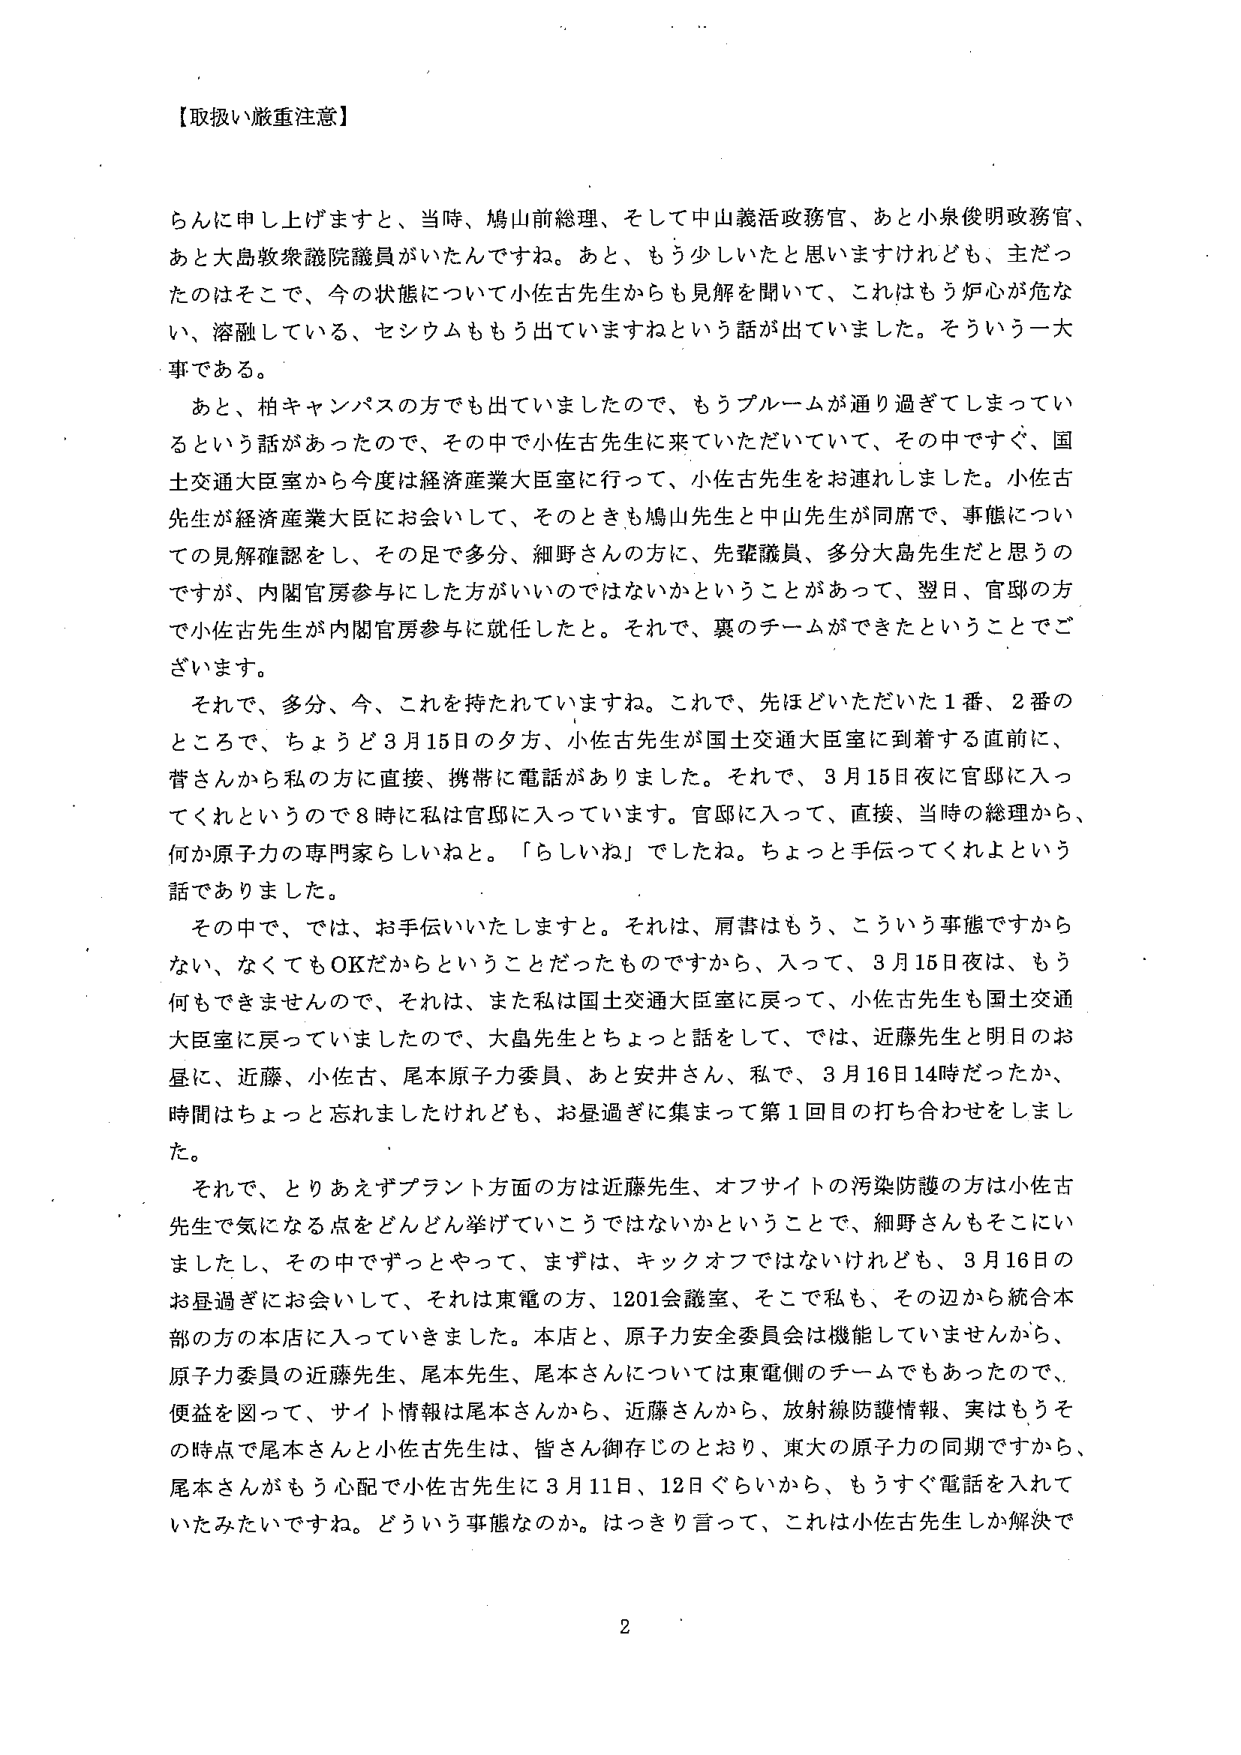
【取扱い厳重注意】

らんに申し上げますと、当時、鳩山前総理、そして中山義活政務官、あと小泉俊明政務官、
あと大島敦衆議院議員がいたんですね。あと、もう少しいたと思いますけれども、主だったのはそこで、今の状態について小佐古先生からも見解を聞いて、これはもう炉心が危ない、溶融している、セシウムももう出ていますねという話が出ていました。そういう一大事である。

あと、柏キャンパスの方でも出ていましたので、もうプルームが通り過ぎてしまってい
るという話があったので、その中で小佐古先生に来ていただいていて、その中ですぐ、国土交通大臣室から今度は経済産業大臣室に行って、小佐古先生をお連れしました。小佐古先生が経済産業大臣にお会いして、そのときも鳩山先生と中山先生が同席で、事態についての見解確認をし、その足で多分、細野さんの方に、先輩議員、多分大島先生だと思うのですが、内閣官房参与にした方がいいのではないかということがあって、翌日、官邸の方で小佐古先生が内閣官房参与に就任したと。それで、裏のチームができたということでございます。

それで、多分、今、これを持たれていますね。これで、先ほどいただいた1番、2番のところで、ちょうど3月15日の夕方、小佐古先生が国土交通大臣室に到着する直前に、菅さんから私の方に直接、携帯に電話がありました。それで、3月15日夜に官邸に入ってくるというので8時は官邸に入っています。官邸に入って、直接、当時の総理から、何か原子力の専門家らしいねと。「らしいね」でしたね。ちょっと手伝ってくれよという話でありました。

その中で、では、お手伝いいたしますと。それは、肩書はもう、こういう事態ですからない、なくてもOKだからということだったものですから、入って、3月15日夜は、もう何もできませんので、それは、また私は国土交通大臣室に戻って、小佐古先生も国土交通大臣室に戻っていましたので、大島先生とちょっと話をして、では、近藤先生と明日のお昼に、近藤、小佐古、尾本原子力委員、あと安井さん、私で、3月16日14時だったか、時間はちょっと忘れましたけれども、お昼過ぎに集まって第1回目の打ち合わせをしました。

それで、とりあえずプラント方面の方は近藤先生、オフサイトの汚染防護の方は小佐古先生に気になる点をどんどん挙げていこうではないかということで、細野さんもそこにいましたし、その中でずっとやって、まずは、キックオフではないけれども、3月16日のお昼過ぎにお会いして、それは東電の方、1201会議室、そこで私も、その辺から統合本部の方の本店に入っていきました。本店と、原子力安全委員会は機能していませんから、原子力委員の近藤先生、尾本先生、尾本さんについては東電側のチームでもあったので、便宜を図って、サイト情報は尾本さんから、近藤さんから、放射線防護情報、実はもうその時点で尾本さんと小佐古先生は、皆さん御存じのとおり、東大の原子力の同期ですから、尾本さんがもう心配で小佐古先生に3月11日、12日ぐらいから、もうすぐ電話を入れていたみたいですね。どういう事態なのか。はっきり言って、これは小佐古先生しか解決で

2